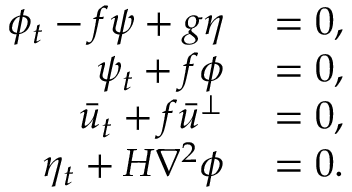
\begin{array} { r l } { \phi _ { t } - f \psi + g \eta } & { { } = 0 , } \\ { \psi _ { t } + f \phi } & { { } = 0 , } \\ { \bar { u } _ { t } + f \bar { u } ^ { \perp } } & { { } = 0 , } \\ { \eta _ { t } + H \nabla ^ { 2 } \phi } & { { } = 0 . } \end{array}